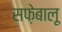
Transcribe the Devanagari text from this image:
सफ़ेबालू